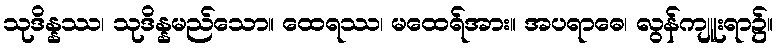
သုဒိန္နဿ၊ သုဒိန္နမည်သော။ ထေရဿ၊ မထေရ်အား။ အပရာဓေ၊ လွန်ကျူးရာ၌။